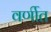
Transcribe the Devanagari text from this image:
वर्णीत